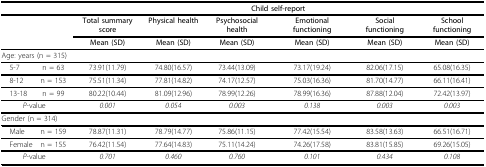
|  |  | <COLSPAN=6> Child self-report |
 | --- | --- | --- | --- | --- | --- | --- | --- |
 |  |  | Total summary score | Physical health | Psychosocial health | Emotional functioning | Social functioning | School functioning |
 |  |  | Mean (SD) | Mean (SD) | Mean (SD) | Mean (SD) | Mean (SD) | Mean (SD) |
 | <COLSPAN=8> Age: years (n = 315) |
 | 5-7 | n = 63 | 73.91(11.79) | 74.80(16.57) | 73.44(13.09) | 73.17(19.24) | 82.06(17.15) | 65.08(16.35) |
 | 8-12 | n = 153 | 75.51(11.34) | 77.81(14.82) | 74.17(12.57) | 75.03(16.36) | 81.70(14.77) | 66.11(16.41) |
 | 13-18 | n = 99 | 80.22(10.44) | 81.09(12.96) | 78.99(12.26) | 78.99(16.36) | 87.88(12.04) | 72.42(13.97) |
 | <COLSPAN=2> P-value | 0.001 | 0.054 | 0.003 | 0.138 | 0.003 | 0.003 |
 | <COLSPAN=2> Gender (n = 314) |  |  |  |  |  |  |
 | Male | n = 159 | 78.87(11.31) | 78.79(14.77) | 75.86(11.15) | 77.42(15.54) | 83.58(13.63) | 66.51(16.71) |
 | Female | n = 155 | 76.42(11.54) | 77.64(14.83) | 75.11(14.24) | 74.26(17.58) | 83.81(15.85) | 69.26(15.05) |
 | <COLSPAN=2> P-value | 0.701 | 0.460 | 0.760 | 0.101 | 0.434 | 0.108 |